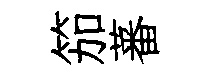
笳蕃